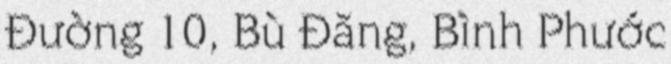
Đường 10, Bù Đăng, Bình Phước